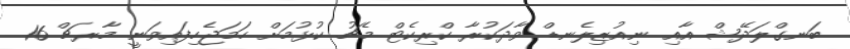
ބަނގްލަދޭޝް އާއި ނިއުޒިލެނޑް ވާދަކުރާ ކްރިކެޓް މެޗު ކުޅުމަށް ހަމަޖެހިފައިވަނީ މާރޗް 16